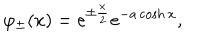
\varphi _ { \pm } ( x ) = e ^ { \pm \frac x 2 } e ^ { - a \cosh x } ,